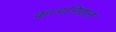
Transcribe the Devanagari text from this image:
कागनिशन